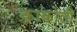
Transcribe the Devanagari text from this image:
काकोली